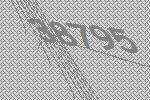
38795